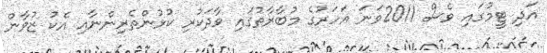
އަދި ޓީމުގައި ވެސް 2011ވަނަ އަހަރުގެ މުބާރާތުގައި ވާދަކުރި ކުޅުންތެރިންނާއި އެކު ޒުވާން